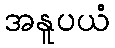
အနူပယံ